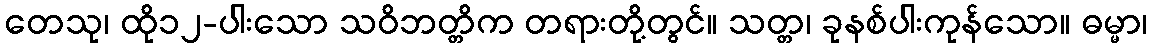
တေသု၊ ထို၁၂-ပါးသော သဝိဘတ္တိက တရားတို့တွင်။ သတ္တ၊ ခုနစ်ပါးကုန်သော။ ဓမ္မာ၊